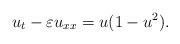
LaTeX: \begin{align*}u_{t}-\varepsilon u_{xx}=u(1-u^{2}). \end{align*}